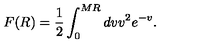
F ( R ) = \frac { 1 } { 2 } \int _ { 0 } ^ { M R } d v v ^ { 2 } e ^ { - v } .